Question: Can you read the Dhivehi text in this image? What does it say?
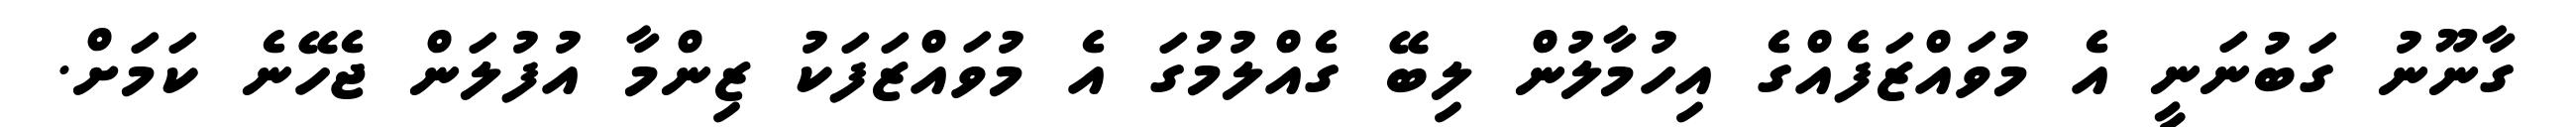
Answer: ގާނޫނު ގަބުނަނީ އެ މުވައްޒަފެއްގެ އިހުމާލުން ލިބޭ ގެއްލުމުގަ އެ މުވައްޒަފަކު ޒިންމާ އުފުލަން ޖެހޭނެ ކަމަށް.